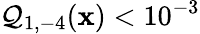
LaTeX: \mathcal{Q}_{1,-4}(\mathbf{{x}})<10^{-3}